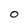
Character: O